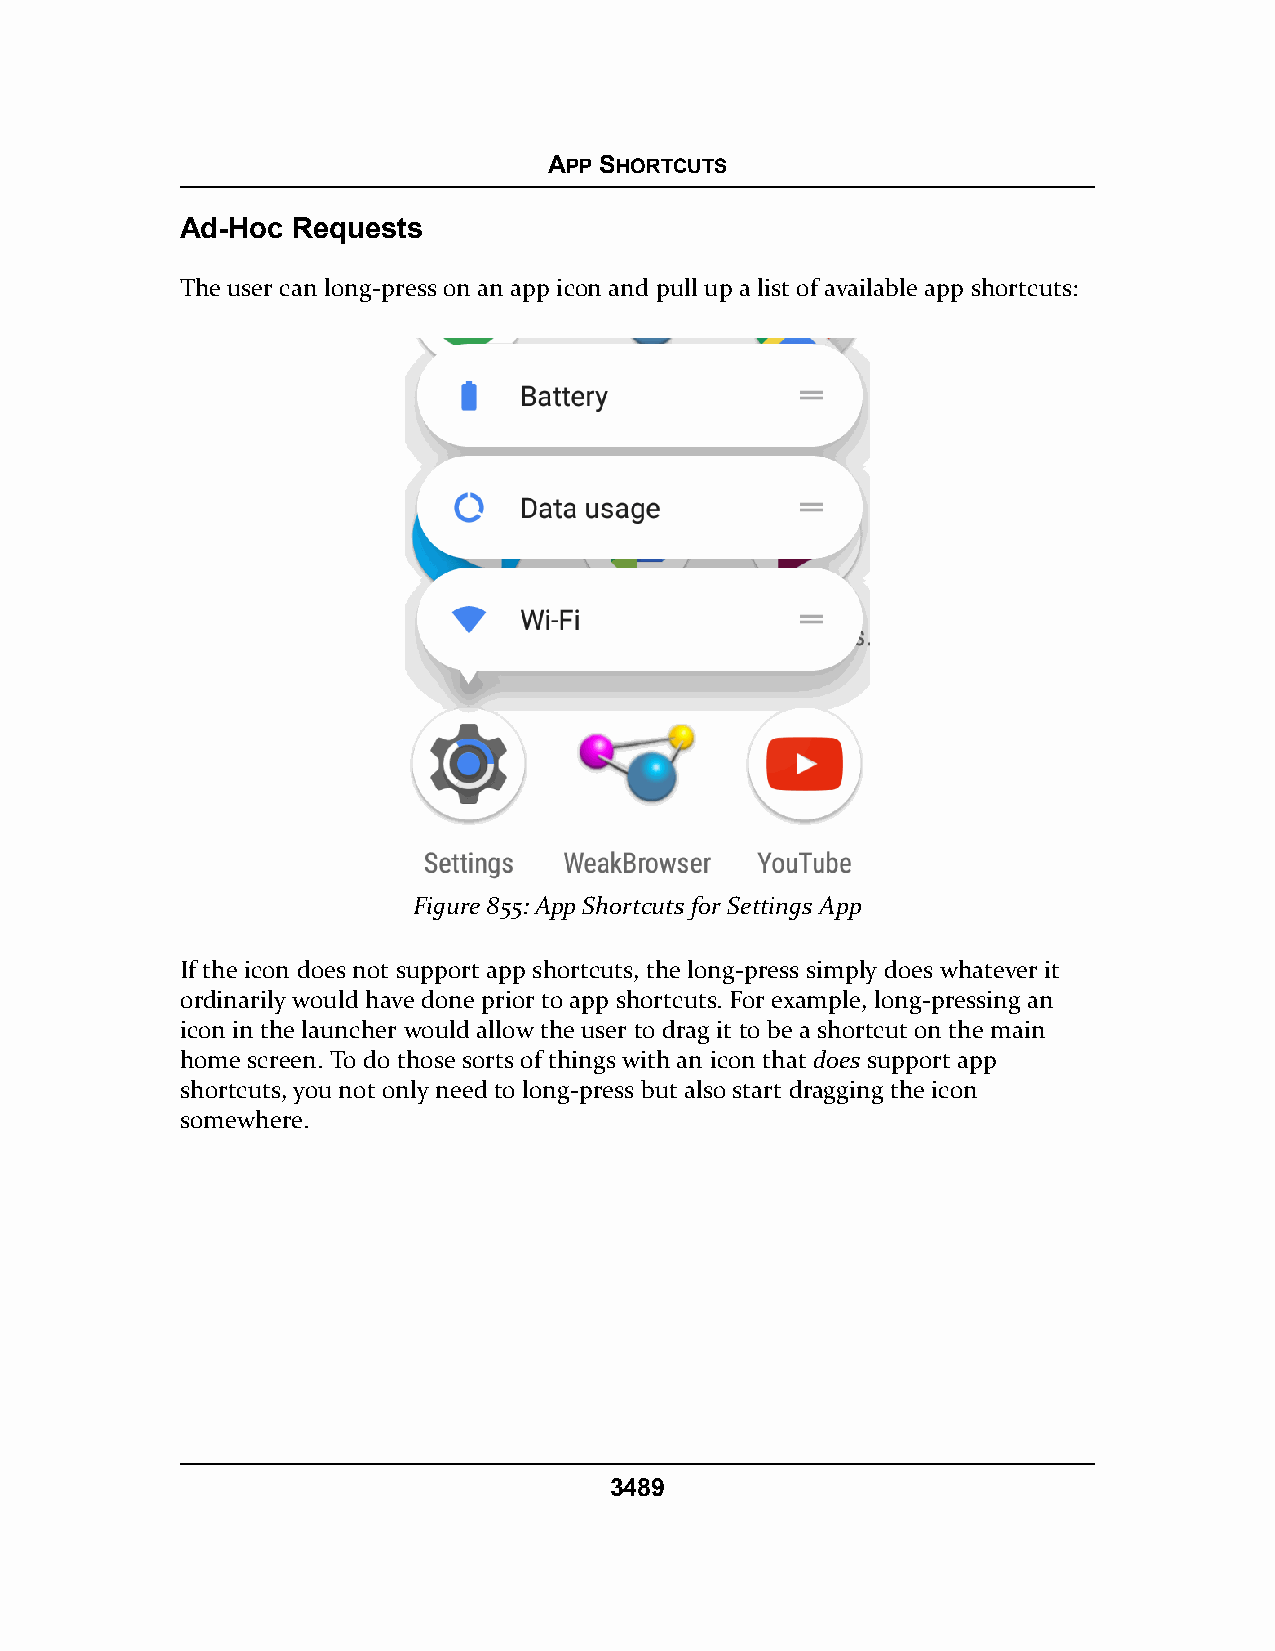
APP SHORTCUTS
 Ad-Hoc Requests
 The user can long-press on an app icon and pull up a list of available app shortcuts:
 Figure 855: App Shortcuts for Settings App
 If the icon does not support app shortcuts, the long-press simply does whatever it
 ordinarily would have done prior to app shortcuts. For example, long-pressing an
 icon in the launcher would allow the user to drag it to be a shortcut on the main
 home screen. To do those sorts of things with an icon that does support app
 shortcuts, you not only need to long-press but also start dragging the icon
 somewhere.
 3489